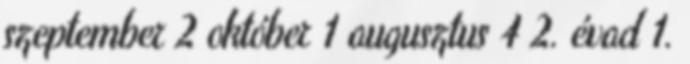
szeptember 2 október 1 augusztus 4 2. évad 1.